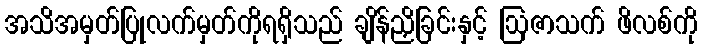
အသိအမှတ်ပြုလက်မှတ်ကိုရရှိသည် ချိန်ညှိခြင်းနှင့် ဩဇာသက် ဖိလစ်ကို